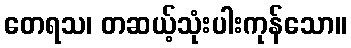
တေရသ၊ တဆယ့်သုံးပါးကုန်သော။